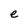
Character: e